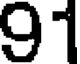
91